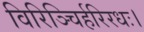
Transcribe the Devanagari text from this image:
विरिञ्चिर्हरिरधः।